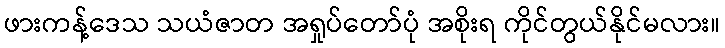
ဖားကန့်ဒေသ သယံဇာတ အရှုပ်တော်ပုံ အစိုးရ ကိုင်တွယ်နိုင်မလား။